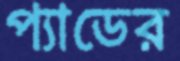
প্যাডের